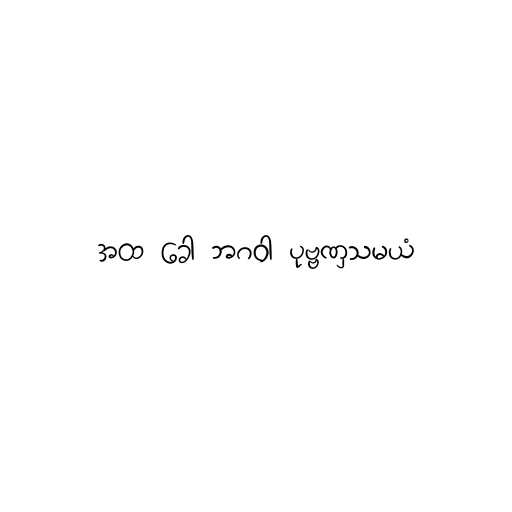
အထ ခေါ ဘဂဝါ ပုဗ္ဗဏှသမယံ